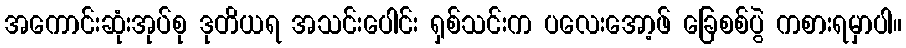
အကောင်းဆုံးအုပ်စု ဒုတိယရ အသင်းပေါင်း ရှစ်သင်းက ပလေးအော့ဖ် ခြေစစ်ပွဲ ကစားရမှာပါ။